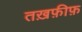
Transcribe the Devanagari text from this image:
तख़फ़ीफ़